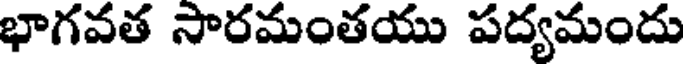
భాగవత సారమంతయు పద్యమందు